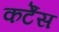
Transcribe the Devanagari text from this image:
कर्टेंस